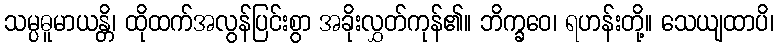
သမ္ပဓူမာယန္တိ၊ ထိုထက်အလွန်ပြင်းစွာ အခိုးလွှတ်ကုန်၏။ ဘိက္ခဝေ၊ ရဟန်းတို့။ သေယျထာပိ၊